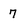
Character: 7